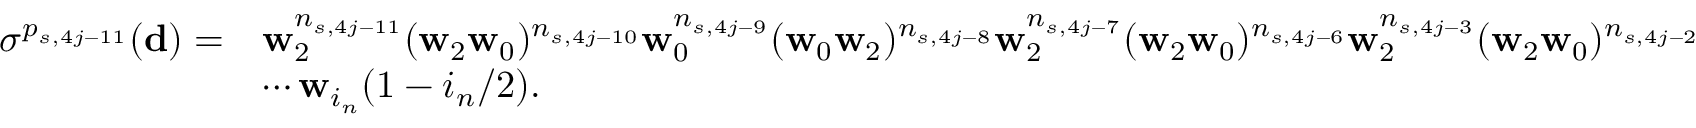
\begin{array} { r l } { \sigma ^ { p _ { s , 4 j - 1 1 } } ( \mathbf d ) = } & { \mathbf w _ { 2 } ^ { n _ { s , 4 j - 1 1 } } ( \mathbf w _ { 2 } \mathbf w _ { 0 } ) ^ { n _ { s , 4 j - 1 0 } } \mathbf w _ { 0 } ^ { n _ { s , 4 j - 9 } } ( \mathbf w _ { 0 } \mathbf w _ { 2 } ) ^ { n _ { s , 4 j - 8 } } \mathbf w _ { 2 } ^ { n _ { s , 4 j - 7 } } ( \mathbf w _ { 2 } \mathbf w _ { 0 } ) ^ { n _ { s , 4 j - 6 } } \mathbf w _ { 2 } ^ { n _ { s , 4 j - 3 } } ( \mathbf w _ { 2 } \mathbf w _ { 0 } ) ^ { n _ { s , 4 j - 2 } } } \\ & { \cdots \mathbf w _ { i _ { n } } ( 1 - i _ { n } / 2 ) . } \end{array}